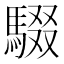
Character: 䮕